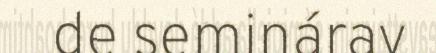
de seminárav